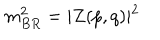
m _ { B R } ^ { 2 } = \vert { Z ( p , q ) } \vert ^ { 2 }